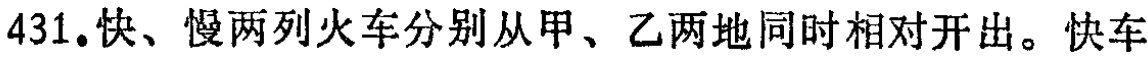
431.快、慢两列火车分别从甲、乙两地同时相对开出。快车